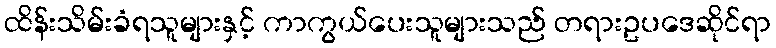
ထိန်းသိမ်းခံရသူများနှင့် ကာကွယ်ပေးသူများသည် တရားဥပဒေဆိုင်ရာ